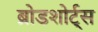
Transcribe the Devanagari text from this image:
ब्रोडशोर्ट्स